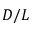
D / L